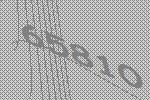
65810